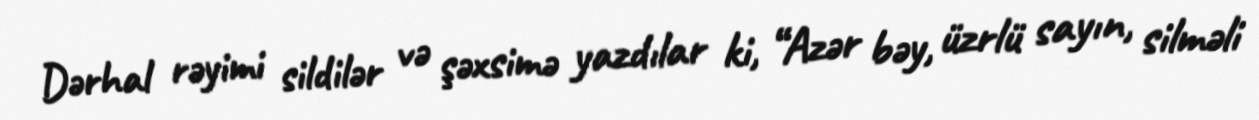
Dərhal rəyimi sildilər və şəxsimə yazdılar ki, “Azər bəy, üzrlü sayın, silməli